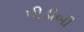
પીડીબી